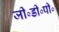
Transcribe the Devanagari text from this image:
जी॰डी॰पी॰